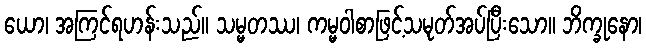
ယော၊ အကြင်ရဟန်းသည်။ သမ္မတဿ၊ ကမ္မဝါစာဖြင့်သမုတ်အပ်ပြီးသော။ ဘိက္ခုနော၊